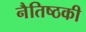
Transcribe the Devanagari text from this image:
नैतिष्ठकी